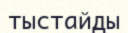
тыстайды